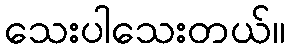
သေးပါသေးတယ်။